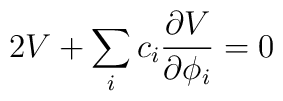
2V + \sum_{i} c_i {{\partial V} \over {\partial \phi_i}} = 0